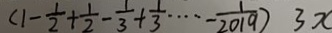
( 1 - \frac { 1 } { 2 } + \frac { 1 } { 2 } - \frac { 1 } { 3 } + \frac { 1 } { 3 } \cdots - \frac { 1 } { 2 0 1 9 } ) - 3 x